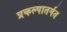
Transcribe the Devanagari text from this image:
प्रकल्पातर्गत